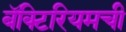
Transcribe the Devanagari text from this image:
बॅक्टिरियमची